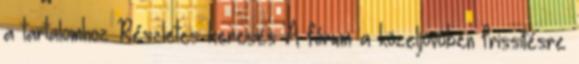
a tartalomhoz Részletes keresés A fórum a közeljövőben frissítésre